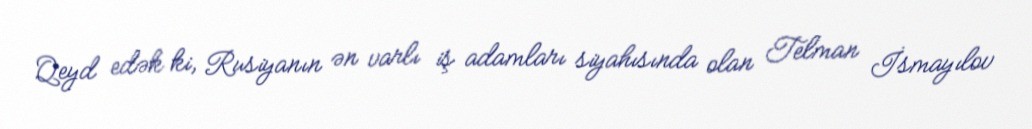
Qeyd edək ki, Rusiyanın ən varlı iş adamları siyahısında olan Telman İsmayılov